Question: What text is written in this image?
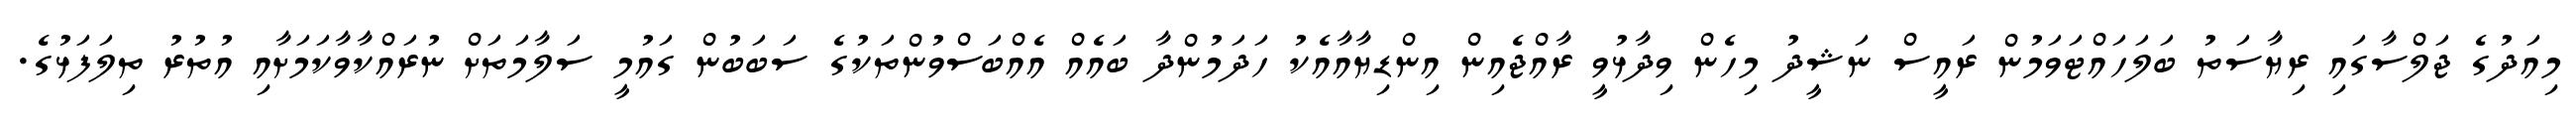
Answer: މިއަދުގެ ޖަލްސާގައި ރިޔާސަތު ބަލަހައްޓަވަމުން ރައީސް ނަޝީދު މިހެން ވިދާޅުވީ ރާއްޖެއިން އިންޑިޔާއާއެކު ހަދަމުންދާ ބައެއް އެއްބަސްވުންތަކުގެ ސަބަބުން ގައުމީ ސަލާމަތަށް ނުރައްކާވާކަމަށާއި އުތުރު ތިލަފަޅުގެ.